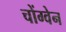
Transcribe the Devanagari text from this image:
चोंग्वेन